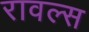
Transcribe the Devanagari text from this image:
रावल्स